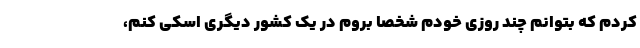
کردم که بتوانم چند روزی خودم شخصا بروم در یک کشور دیگری اسکی کنم،